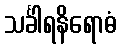
သင်္ခါရနိရောဓံ